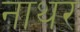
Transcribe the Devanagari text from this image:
नाथर